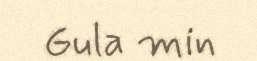
Gula min